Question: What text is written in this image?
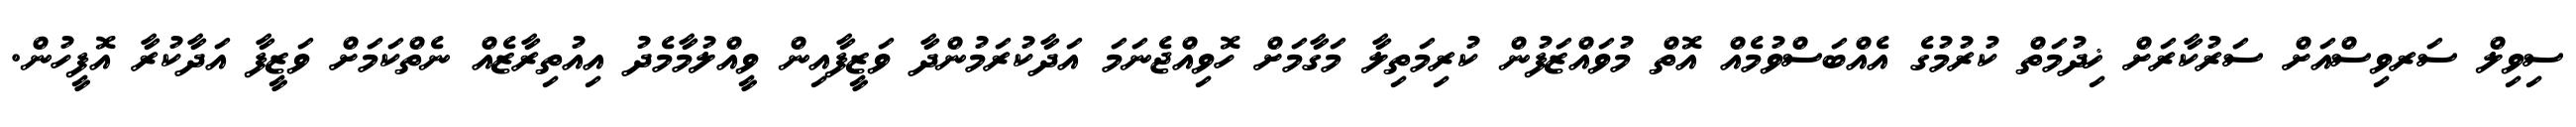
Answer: ސިވިލް ސަރވިސްއަށް ސަރުކާރަށް ޚިދުމަތް ކުރުމުގެ އެއްބަސްވުމެއް އޮތް މުވައްޒަފުން ކުރިމަތިލާ މަގާމަށް ހޮވިއްޖެނަމަ އަދާކުރަމުންދާ ވަޒީފާއިން ވީއްލުމާމެދު އިއުތިރާޒެއް ނެތްކަމަށް ވަޒީފާ އަދާކުރާ އޮފީހުން.